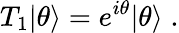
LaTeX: T_{1}|\theta\rangle=e^{i\theta}|\theta\rangle\; .